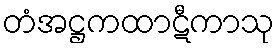
တံအဋ္ဌကထာဋီကာသု